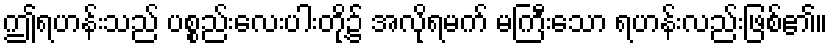
ဤရဟန်းသည် ပစ္စည်းလေးပါးတို့၌ အလိုရမက် မကြီးသော ရဟန်းလည်းဖြစ်၏။